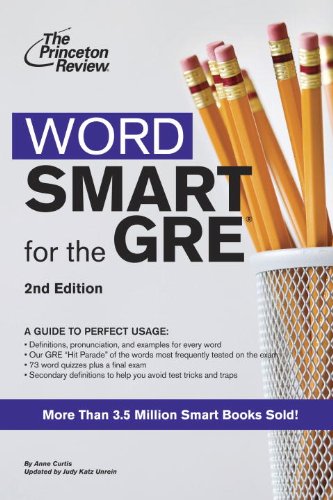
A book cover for Word Smart for the GRE, 2nd Edition (Smart Guides); Princeton Review; Test Preparation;